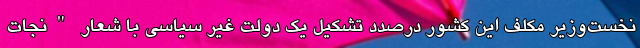
نخست‌وزیر مکلف این کشور درصدد تشکیل یک دولت غیر سیاسی با شعار "نجات